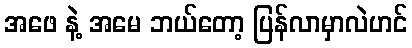
အဖေ နဲ့ အမေ ဘယ်တော့ ပြန်လာမှာလဲဟင်